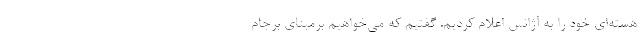
هسته‌ای خود را به آژانس اعلام کردیم. گفتیم که می‌خواهیم برمبنای برجام